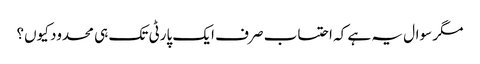
مگر سوال یہ ہے کہ احتساب صرف ایک پارٹی تک ہی محدود کیوں؟